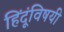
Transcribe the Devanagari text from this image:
हिंदूंविषयी